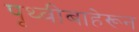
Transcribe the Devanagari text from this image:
पृथ्वीबाहेरून